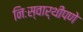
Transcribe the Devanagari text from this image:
निःस्वार्थीपणे